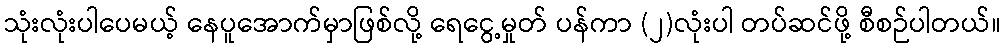
သုံးလုံးပါပေမယ့် နေပူအောက်မှာဖြစ်လို့ ရေငွေ့မှုတ် ပန်ကာ (၂)လုံးပါ တပ်ဆင်ဖို့ စီစဉ်ပါတယ်။